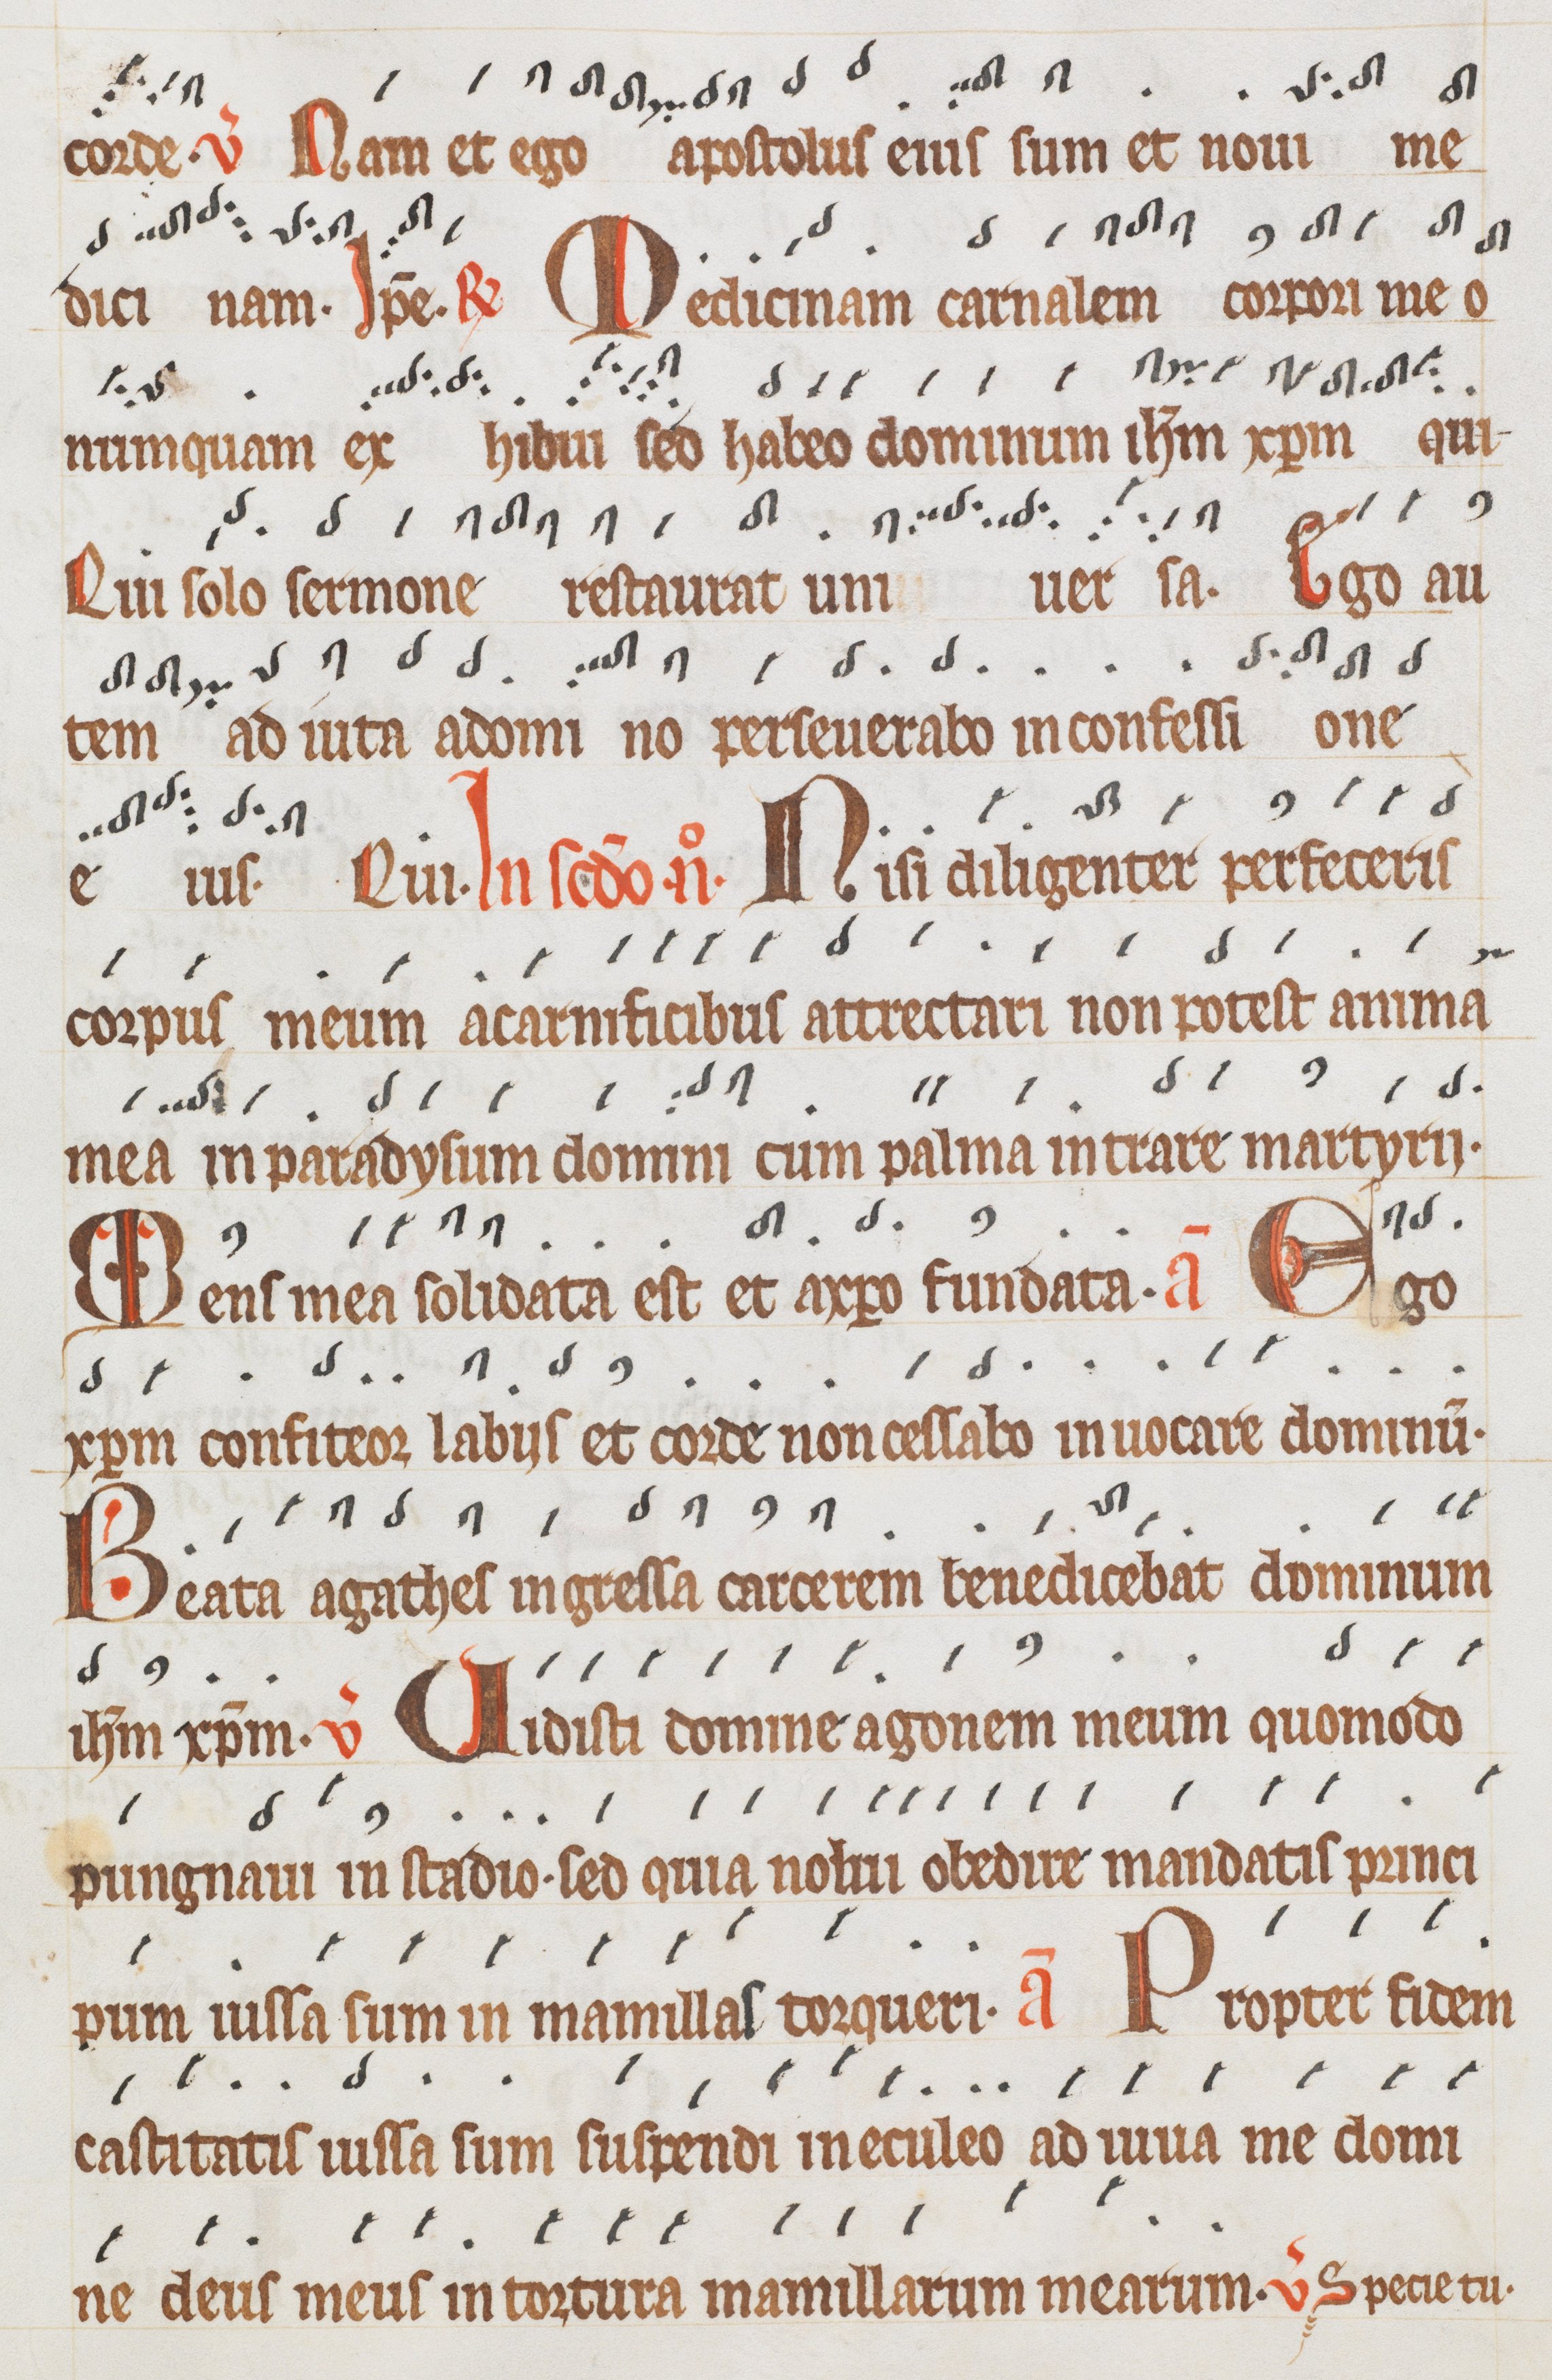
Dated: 1300–1399